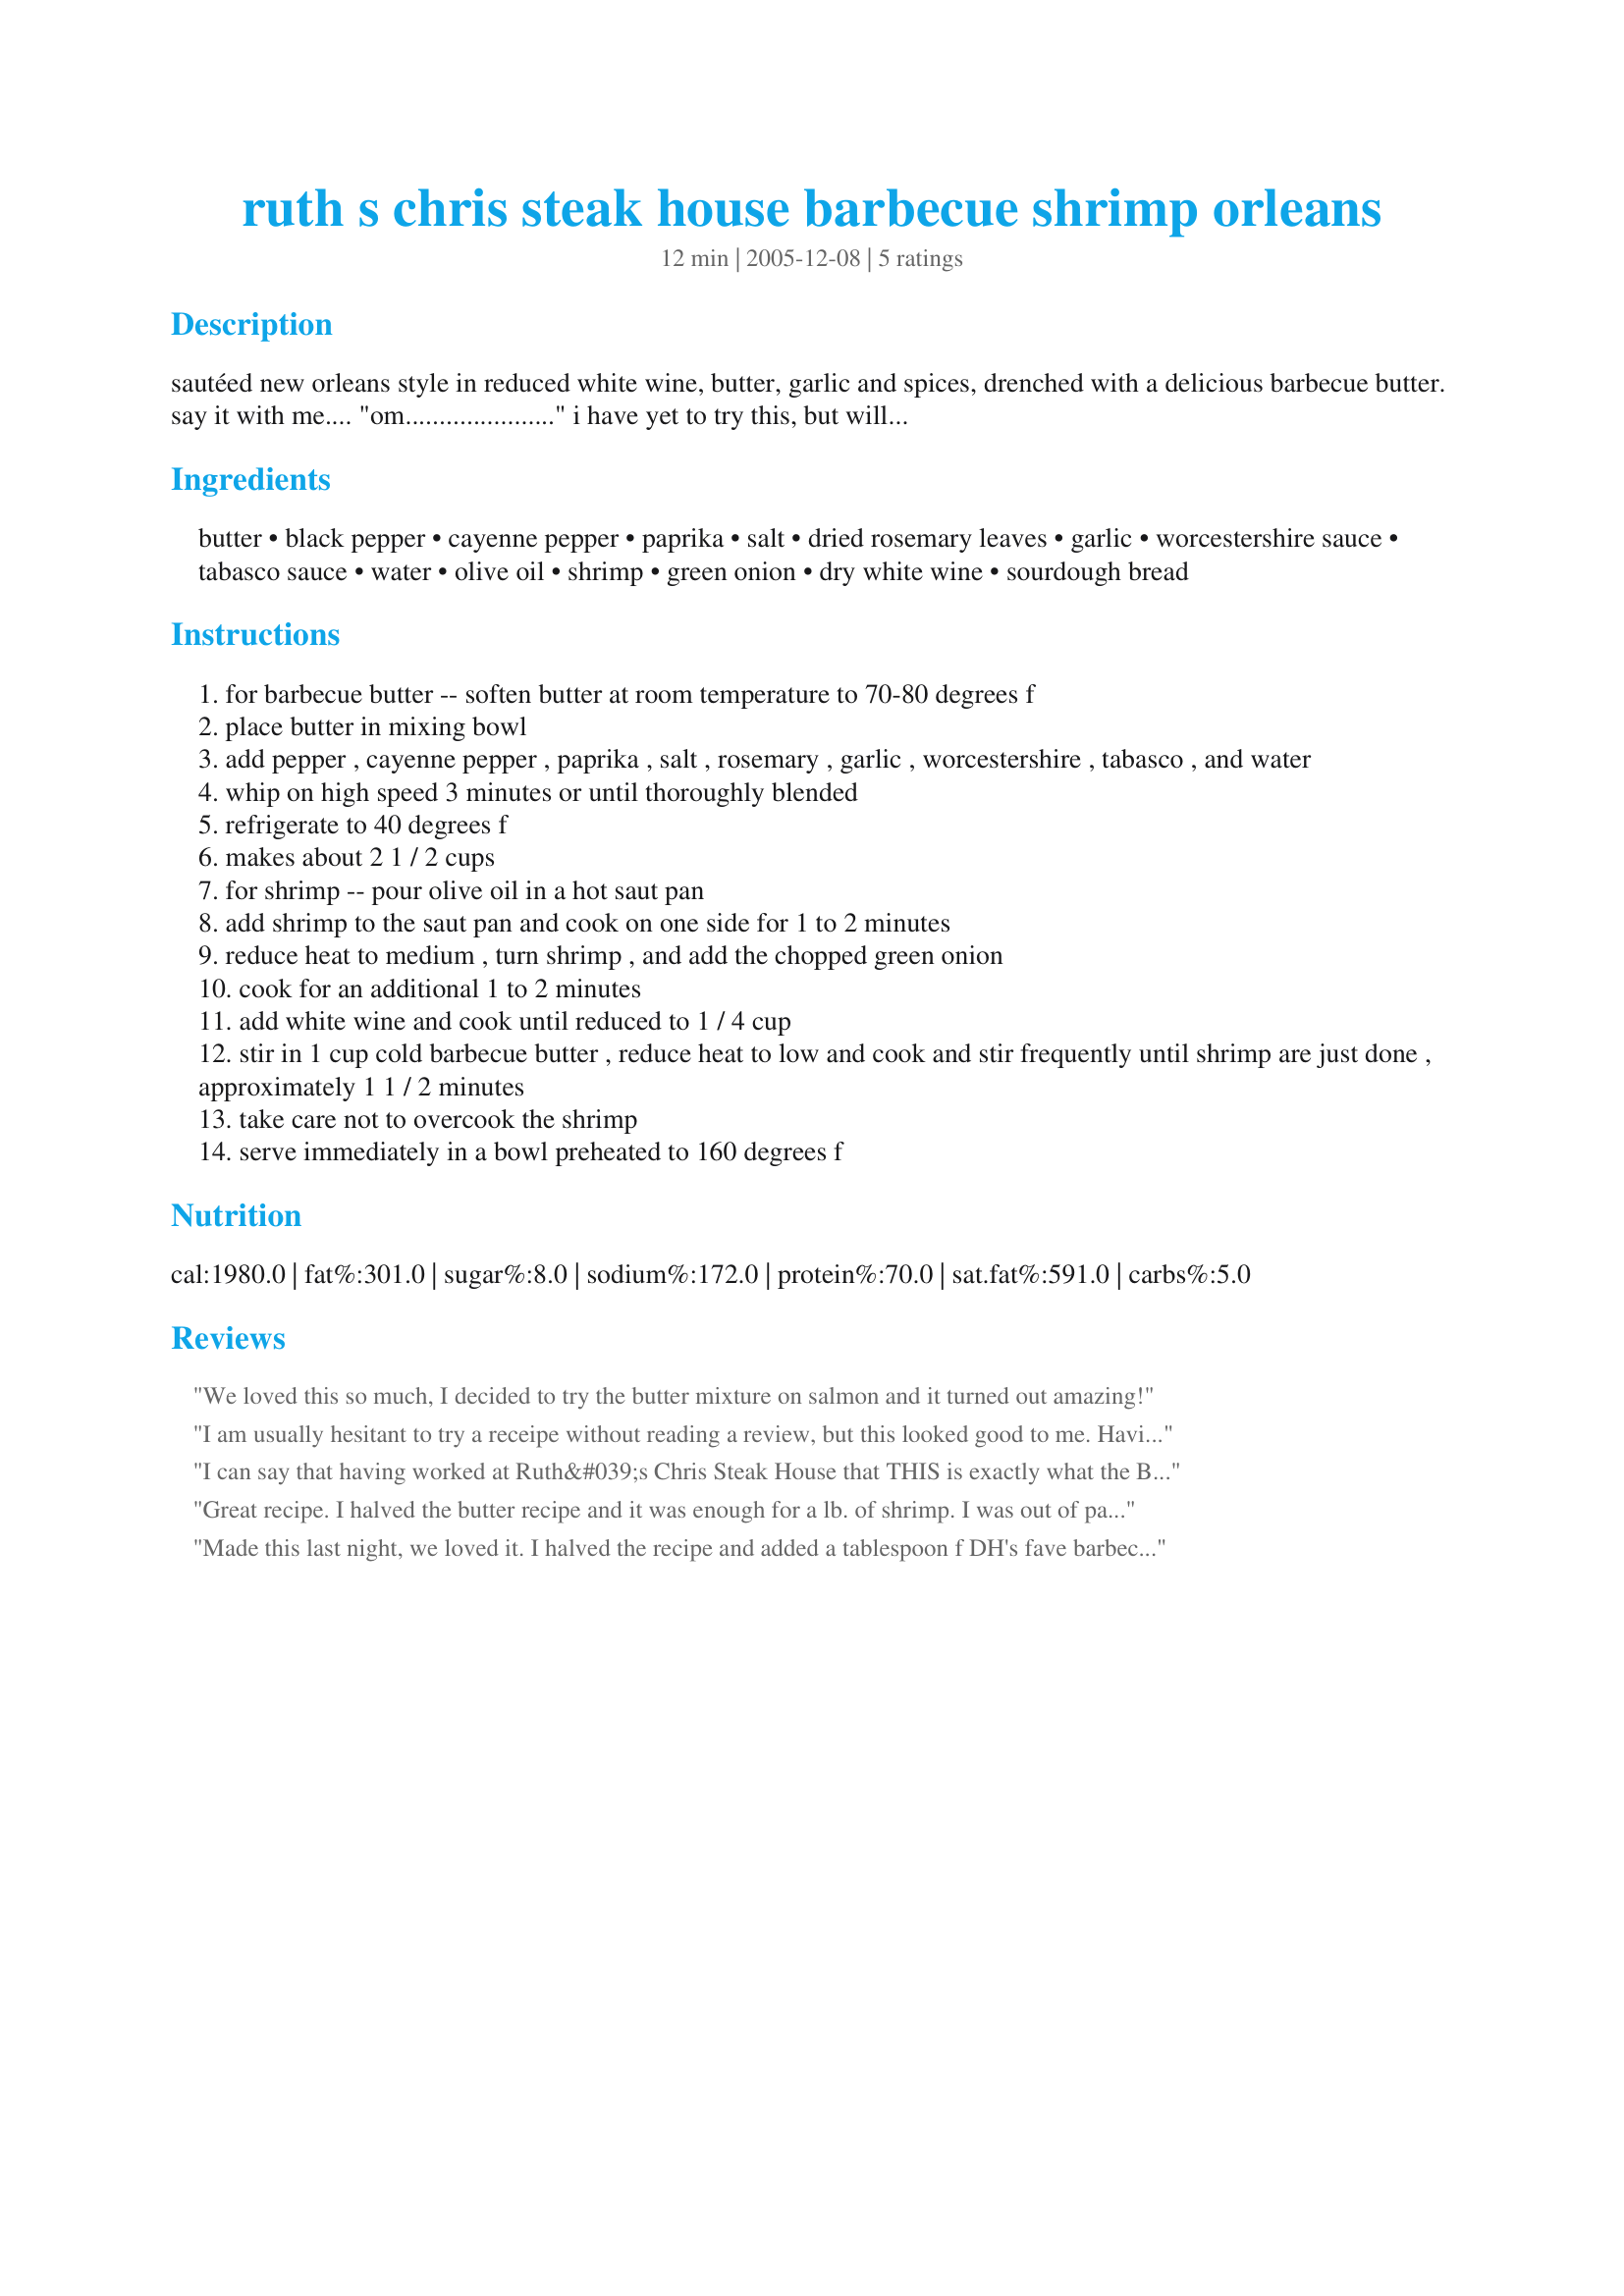
ruth s chris steak house barbecue shrimp orleans
Preparation time: 12 minutes

sautéed new orleans style in reduced white wine, butter, garlic and spices, drenched with a delicious barbecue butter. say it with me.... "om......................" i have yet to try this, but will vouch for anything from this restaurant.

Ingredients:
butter, black pepper, cayenne pepper, paprika, salt, dried rosemary leaves, garlic, worcestershire sauce, tabasco sauce, water, olive oil, shrimp, green onion, dry white wine, sourdough bread

Steps:
for barbecue butter -- soften butter at room temperature to 70-80 degrees f
place butter in mixing bowl
add pepper , cayenne pepper , paprika , salt , rosemary , garlic , worcestershire , tabasco , and water
whip on high speed 3 minutes or until thoroughly blended
refrigerate to 40 degrees f
makes about 2 1 / 2 cups
for shrimp -- pour olive oil in a hot saut pan
add shrimp to the saut pan and cook on one side for 1 to 2 minutes
reduce heat to medium , turn shrimp , and add the chopped green onion
cook for an additional 1 to 2 minutes
add white wine and cook until reduced to 1 / 4 cup
stir in 1 cup cold barbecue butter , reduce heat to low and cook and stir frequently until shrimp are just done , approximately 1 1 / 2 minutes
take care not to overcook the shrimp
serve immediately in a bowl preheated to 160 degrees f

Reviews:
We loved this so much, I decided to try the butter mixture on salmon and it turned out amazing!
I am usually hesitant to try a receipe without reading a review, but this looked good to me. Having made it, I will be making this ALOT more! I have never had this from this resturant, but have had barbecue shrimp in New Orleans. The shrimp was true New Orleans style. This shrimp is not pack any heat, despite the little cayenne and tabasco. The BBQ butter makes enough for about 3 or more pounds of shrimp. Just another reason to make it again!!
I can say that having worked at Ruth&#039;s Chris Steak House that THIS is exactly what the BBQ Shrimp taste like. The only thing that I changed was to add more Rosemary. I added a whole tablespoon and then ground it in my hand before adding it to the recipe. It didn&#039;t overpower the recipe at all.....ABSOLUTELY WONDERFUL!!!! HIGHLY RECOMMENDED!!!
Great recipe. I halved the butter recipe and it was enough for a lb. of shrimp. I was out of paprika, so used Old Bay Seasoning instead. I would do that again! I also used crushed pepper instead of cayenne. Next time I will double the green onions, and use about 6 stalks. This was quick and easy. I served it with fried rice and a nice salad!
Made this last night, we loved it. I halved the recipe and added a tablespoon f DH's fave barbecue sauce when mixing up the butter, mainly because he kept looking at the recipe and doubting how it would be 'barbecue' (though after dinner he conceded it was tasty and didn't need it). Served with rice and green beans, crusty sourdough bread and the remainder of the white wine. Just wonderful!
